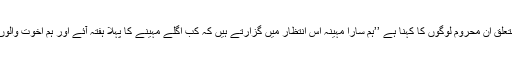
جس کے متعلق ان محروم لوگوں کا کہنا ہے ’’ہم سارا مہینہ اس انتظار میں گزارتے ہیں کہ کب اگلے مہینے کا پہلا ہفتہ آئے اور ہم اخوت والوں سے ملیں۔